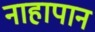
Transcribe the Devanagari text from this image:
नाहापान